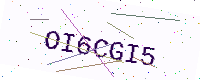
Text: OI6CGI5